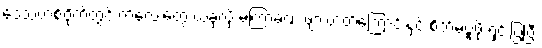
ဒေသတစ်ဝိုက်တွင် ကလေးတွေ ယခုလို မကြာခဏ ဖျားတတ်ကြောင်းနှင့် စိတ်မပူဖို ရှင်းပြပြီး